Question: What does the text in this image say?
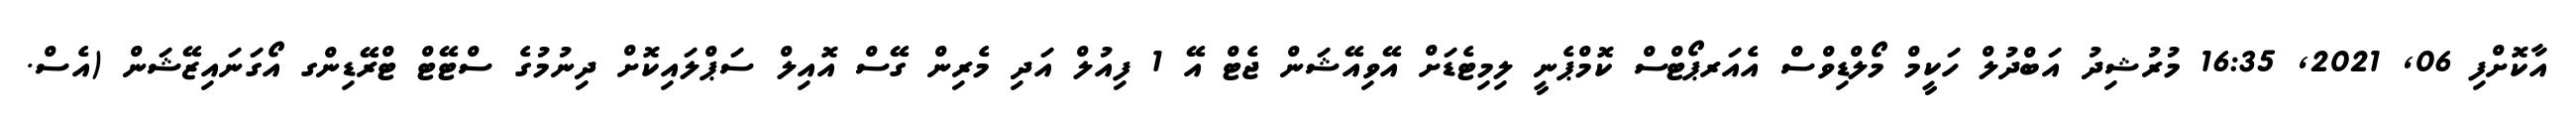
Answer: އާކޮށްފި 06, 2021, 16:35 މުރުޝިދު އަބްދުލް ހަކީމް މޯލްޑިވްސް އެއަރޕޯޓްސް ކޮމްޕެނީ ލިމިޓެޑަށް އޭވިއޭޝަން ޖެޓް އޭ 1 ފިއުލް އަދި މެރިން ގޭސް އޮއިލް ސަޕްލައިކޮށް ދިނުމުގެ ސްޓޭޓް ޓްރޭޑިންގ އޯގަނައިޒޭޝަން (އެސް.